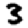
Digit: 3